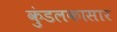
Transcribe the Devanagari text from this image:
कुंडलकासार